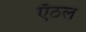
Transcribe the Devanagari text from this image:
एँठल